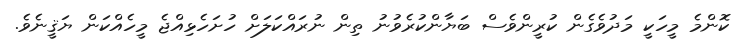
ކޮންމެ މީހަކީ މަދުވެގެން ކުރީންވެސް ބަޔާންކުރެވުނު ތިން ނުރައްކަލަށް ހުށަހެޅިއްޖެ މީހެއްކަން ޔަޤީނެވެ.